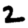
Digit: 2